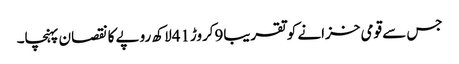
جس سے قومی خزانے کو تقریبا9کروڑ41لاکھ روپے کا نقصان پہنچا۔